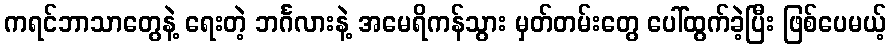
ကရင်ဘာသာတွေနဲ့ ရေးတဲ့ ဘင်္ဂလားနဲ့ အမေရိကန်သွား မှတ်တမ်းတွေ ပေါ်ထွက်ခဲ့ပြီး ဖြစ်ပေမယ့်